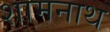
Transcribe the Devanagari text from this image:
शामनाथ